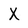
Character: X